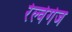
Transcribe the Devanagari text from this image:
रेल्वेगेज